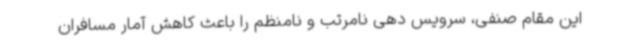
این مقام صنفی، سرویس دهی نامرتب و نامنظم را باعث کاهش آمار مسافران